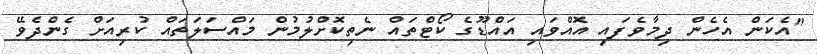
"އެކަން އެހެން ދިމާވެފައި އޮއްވައި އައްޑޫގެ ކޯޓްތައް ނެތިކޮށްލުމުން މައްސަލަތައް ކުރިއަށް ގެންދެވޭ